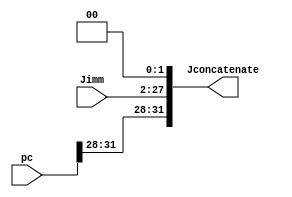
module Concatenate (
    input wire[25:0] Jimm,
    input wire[31:0] pc,

    output wire[31:0] Jconcatenate
);
    assign Jconcatenate = {pc[31:28], Jimm, 2'b00};
endmodule